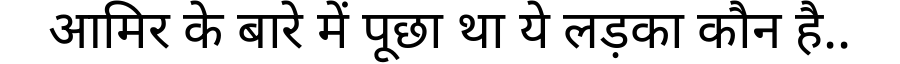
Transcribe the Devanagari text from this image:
आमिर के बारे में पूछा था ये लड़का कौन है..